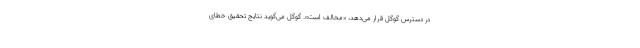
در دسترس گوگل قرار می‌دهد، «مخالف است». گوگل می‌گوید نتایج تحقیق خطای